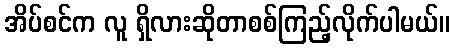
အိပ်စင်က လူ ရှိလားဆိုတာစစ်ကြည့်လိုက်ပါမယ်။